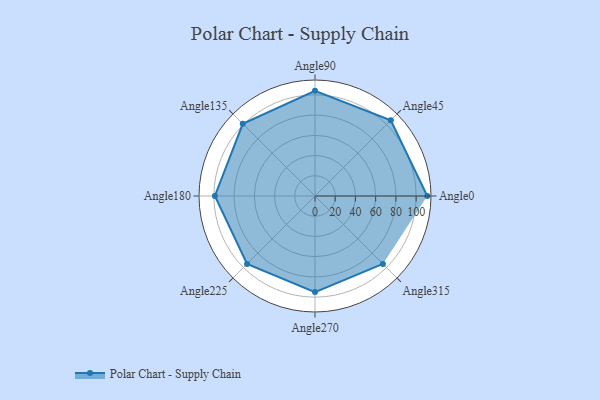
{"axis": {"x": "Angle", "y": "Radius"}, "legend": [""], "data": [{"x": "Angle0", "y": 111.0, "type": ""}, {"x": "Angle45", "y": 106.0, "type": ""}, {"x": "Angle90", "y": 104.0, "type": ""}, {"x": "Angle135", "y": 101.0, "type": ""}, {"x": "Angle180", "y": 99.0, "type": ""}, {"x": "Angle225", "y": 95.0, "type": ""}, {"x": "Angle270", "y": 95.0, "type": ""}, {"x": "Angle315", "y": 95.0, "type": ""}]}